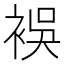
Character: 𮖅